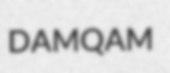
DAMQAM